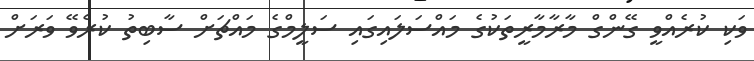
ވަކި ކުރެއްވީ ގޭންގް މާރާމާރީތަކުގެ މައްސަލައިގައި ސަލީމްގެ މައްޗަށް ސާބިތު ކުރެވޭ ވަރަށް